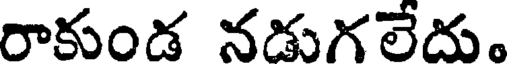
రాకుండ నడుగలేదు.